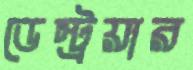
ডেস্ট্রয়ার